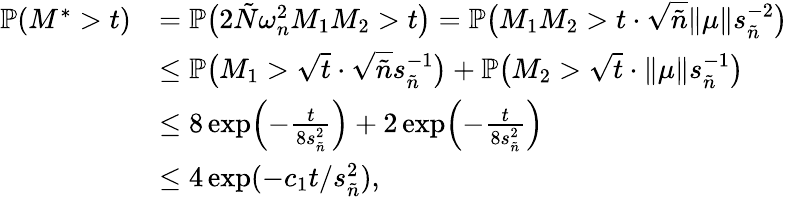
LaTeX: \begin{array}{rl}{\mathbb{P}(M^{*}>t)}&{=\mathbb{P}\bigl(2\tilde{N}\omega_{n}^{2}M_{1}M_{2}>t\bigr)=\mathbb{P}\bigl(M_{1}M_{2}>t\cdot\sqrt{{\tilde{n}}}\| \mu\| s_{\tilde{n}}^{-2}\bigr)}\\ &{\leq\mathbb{P}\bigl(M_{1}>\sqrt{t}\cdot\sqrt{{\tilde{n}}}s_{\tilde{n}}^{-1}\bigr)+\mathbb{P}\bigl(M_{2}>\sqrt{t}\cdot\| \mu\| s_{\tilde{n}}^{-1}\bigr)}\\ &{\leq 8\exp\Bigl(-\frac{t}{8s_{\tilde{n}}^{2}}\Bigr)+2\exp\Bigl(-\frac{t}{8s_{\tilde{n}}^{2}}\Bigr)}\\ &{\leq 4\exp(-c_{1}t/s_{\tilde{n}}^{2}),}\end{array}